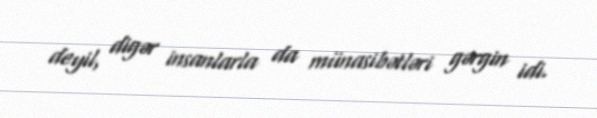
deyil, digər insanlarla da münasibətləri gərgin idi.